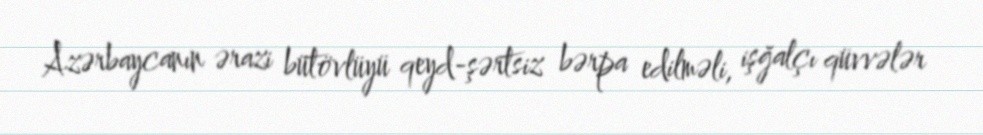
Azərbaycanın ərazi bütövlüyü qeyd-şərtsiz bərpa edilməli, işğalçı qüvvələr